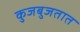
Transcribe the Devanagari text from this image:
कुजबुजतात